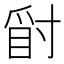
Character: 𱬾